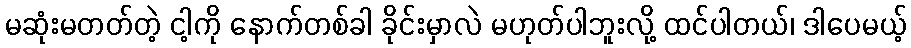
မဆုံးမတတ်တဲ့ ငါ့ကို နောက်တစ်ခါ ခိုင်းမှာလဲ မဟုတ်ပါဘူးလို့ ထင်ပါတယ်၊ ဒါပေမယ့်